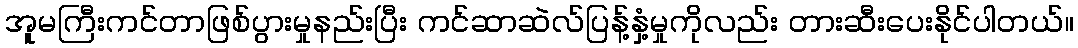
အူမကြီးကင်တာဖြစ်ပွားမှုနည်းပြီး ကင်ဆာဆဲလ်ပြန့်နှံ့မှုကိုလည်း တားဆီးပေးနိုင်ပါတယ်။